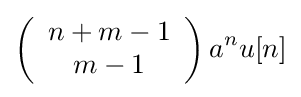
\left({\begin{array}{c}n+m-1\\m-1\end{array}}\right)a^{n}u[n]